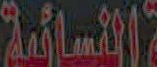
النسائية